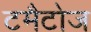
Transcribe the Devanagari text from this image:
टमैटोज